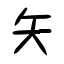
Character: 矢